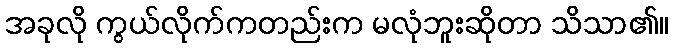
အခုလို ကွယ်လိုက်ကတည်းက မလုံဘူးဆိုတာ သိသာ၏။